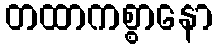
တထာကစ္စာနော